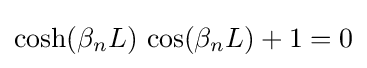
\cosh(\beta _{n}L)\,\cos(\beta _{n}L)+1=0